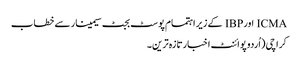
ICMA اورIBP کے زیر اہتمام پوسٹ بجٹ سیمینار سے خطاب
کراچی (اُردو پوائنٹ اخبارتازہ ترین۔